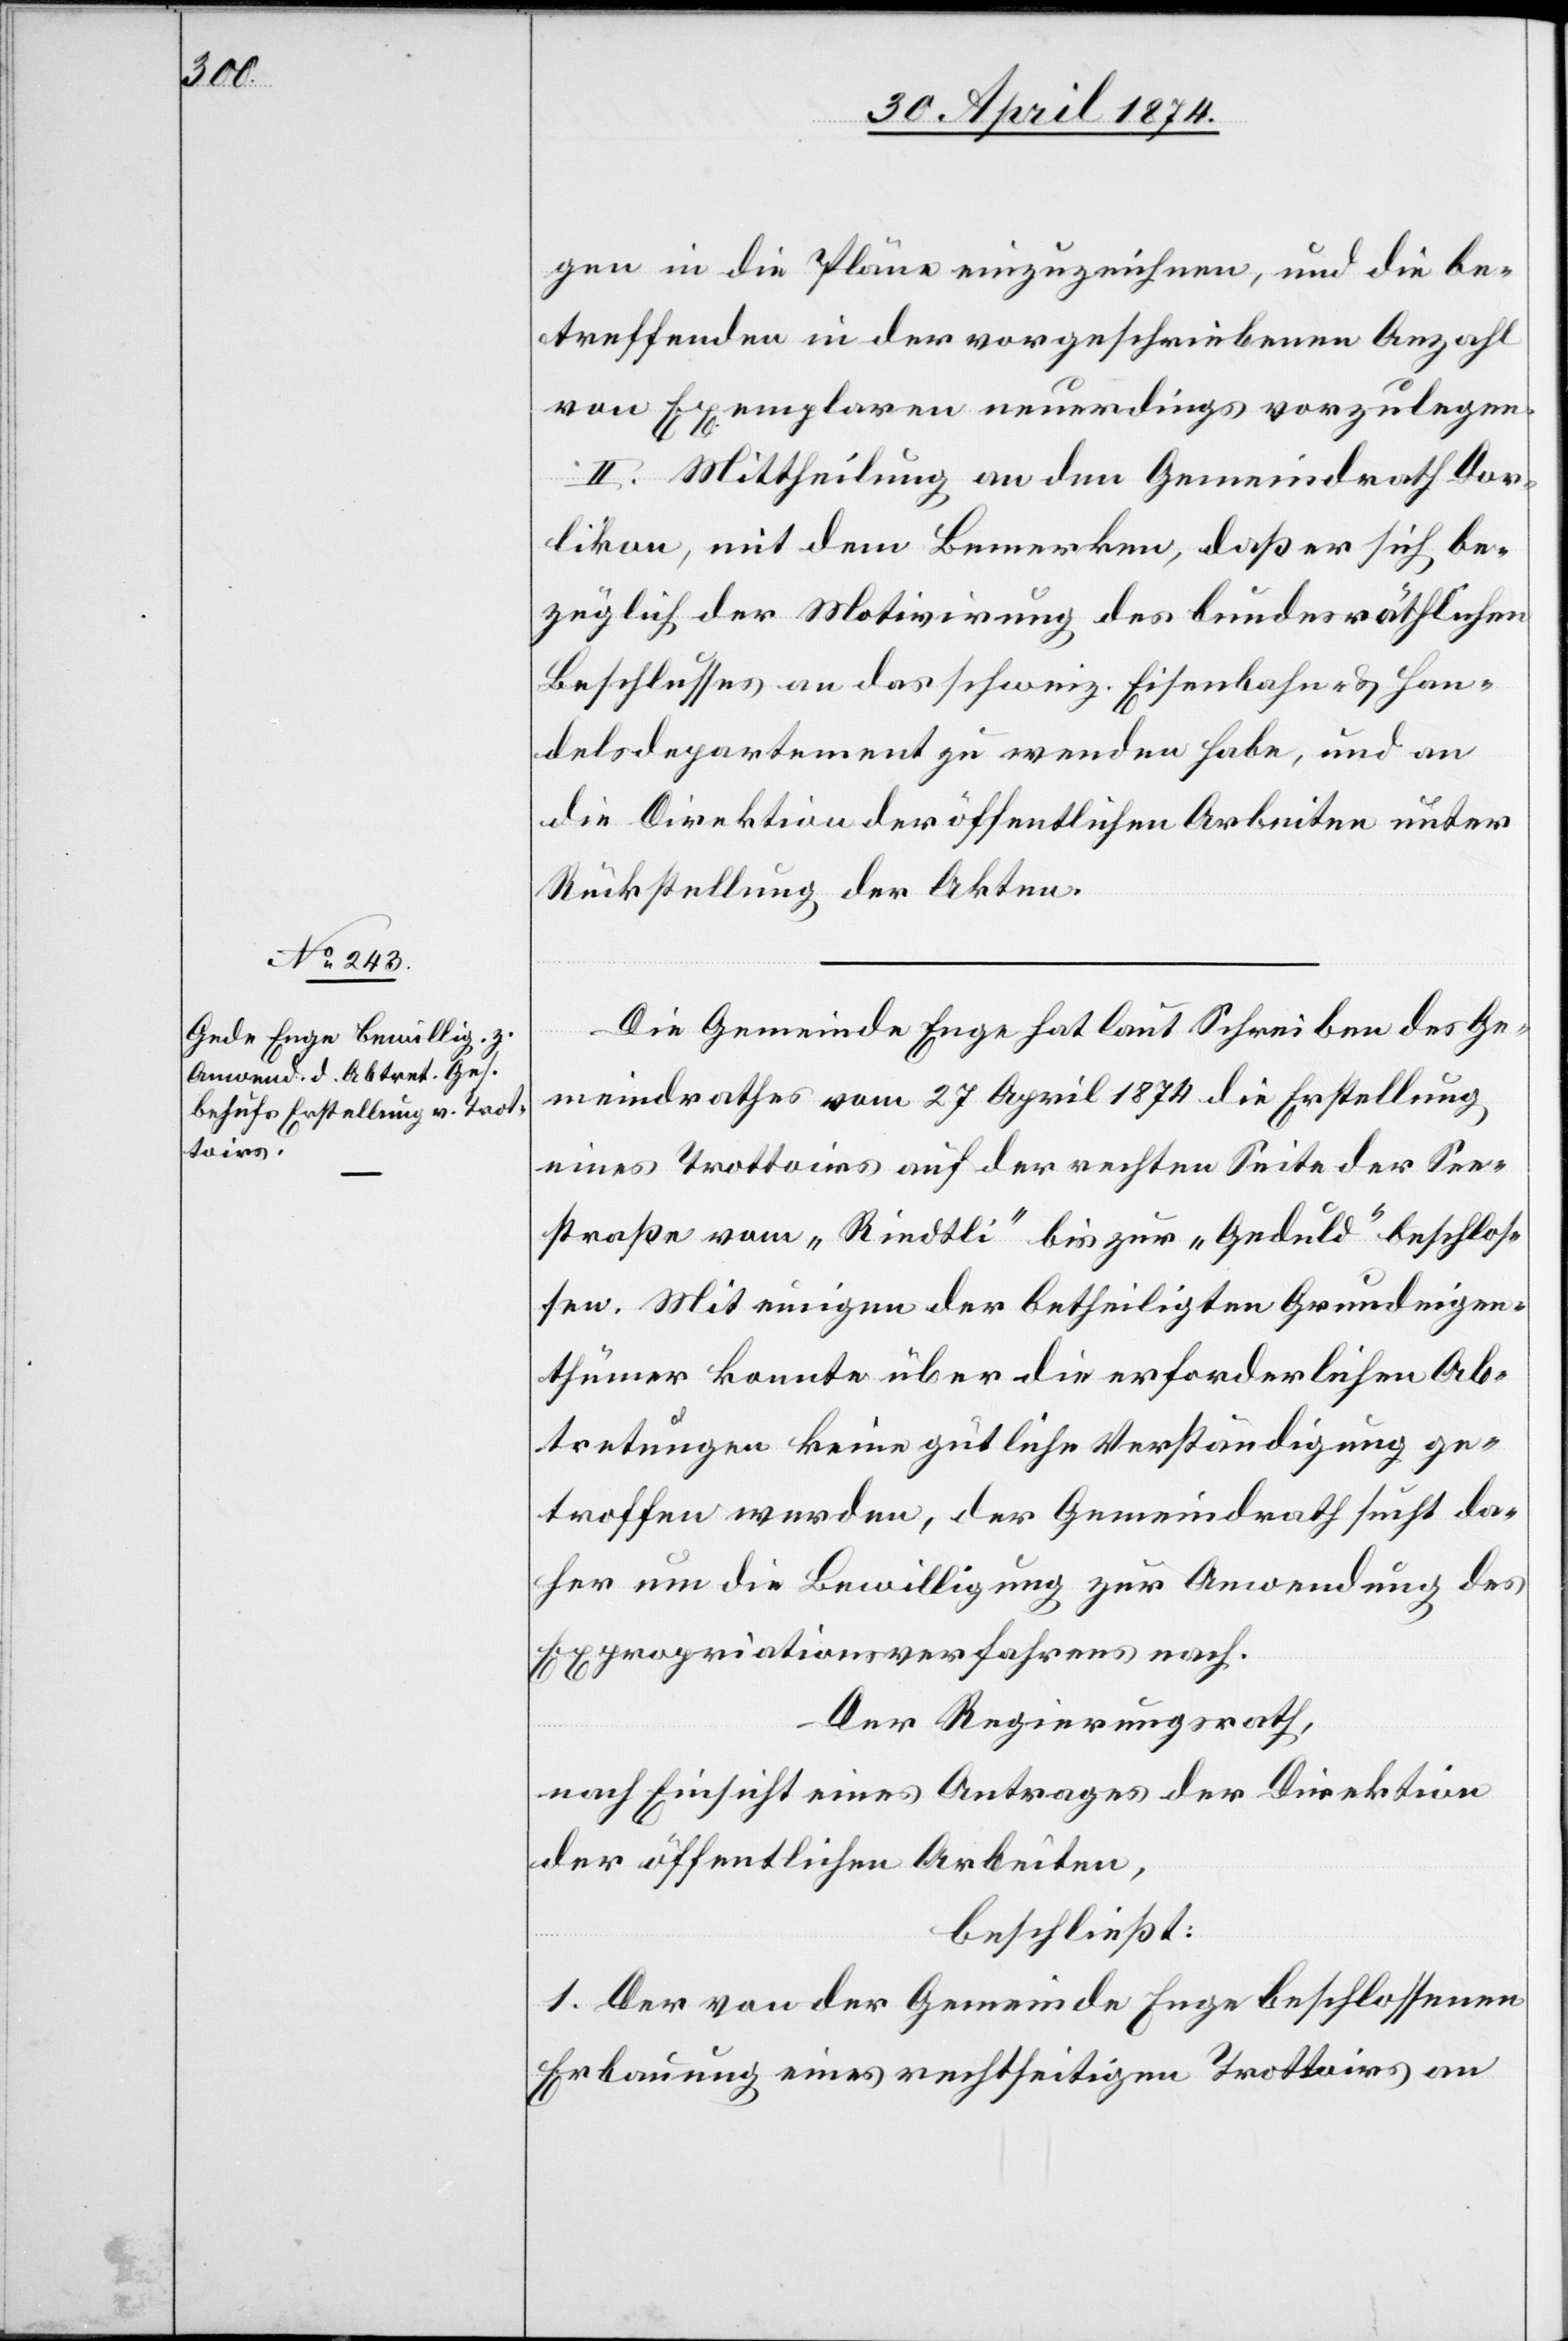
gen in die Pläne einzuzeichnen, und die be¬
treffenden in der vorgeschriebenen Anzahl
von Exemplaren neuerdings vorzulegen.
II. Mittheilung an den Gemeindrath Dor¬
likon, mit dem Bemerken, daß er sich be¬
züglich der Motivirung des bundesräthlichen
Beschlusses an das schweiz. Eisenbahn- u. Han¬
delsdepartement zu wenden habe, und an
die Direktion der öffentlichen Arbeiten unter
Rückstellung der Akten.
Die Gemeinde Enge hat laut Schreiben des Ge¬
meindrathes vom 27. April 1874 die Erstellung
eines Trottoirs auf der rechten Seite der See¬
straße vom „Riedtli“ bis zur „Geduld“ beschlos¬
sen. Mit einigen der betheiligten Grundeigen¬
thümer konnte über die erforderlichen Ab¬
tretungen keine gütliche Verständigung ge¬
troffen werden, der Gemeindrath sucht da¬
her um die Bewilligung zur Anwendung des
Expropriationsverfahrens nach.
Der Regierungsrath,
nach Einsicht eines Antrages der Direktion
der öffentlichen Arbeiten,
beschließt:
1. Der von der Gemeinde Enge beschlossenen
Erbauung eines rechtseitigen Trottoirs an